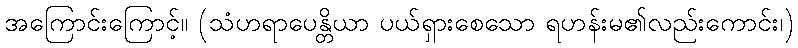
အကြောင်းကြောင့်။ (သံဟရာပေန္တိယာ ပယ်ရှားစေသော ရဟန်းမ၏လည်းကောင်း၊)